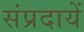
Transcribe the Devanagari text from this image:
संप्रदायें